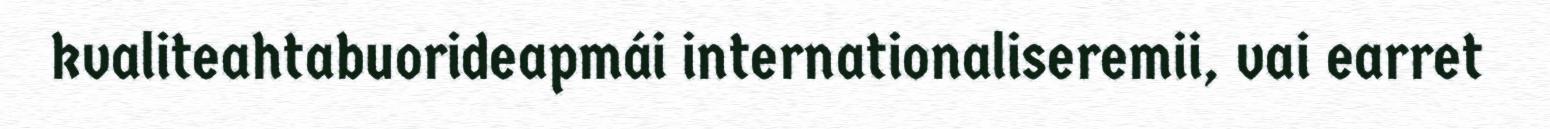
kvaliteahtabuorideapmái internationaliseremii, vai earret